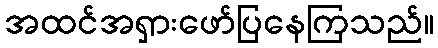
အထင်အရှားဖော်ပြနေကြသည်။